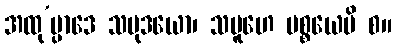
အထု’ပ္ပာဒေ သမုဒယော၊ သမူဟေ ပစ္စယေပိ စ။